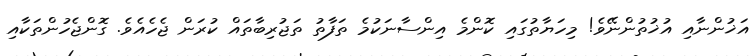
އަޚުންނާއި އުޚުތުންނޭވެ! މިހަޔާތުގައި ކޮންމެ އިންސާނަކުމެ ތަފާތު ތަޖުރިބާތައް ކުރަން ޖެހެއެވެ. ގޮންޖެހުންތަކާއި